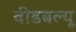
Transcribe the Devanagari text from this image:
वीडबल्यू